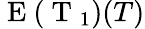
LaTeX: \mathrm{~E~}(\mathrm{~T~}_{1})(T)